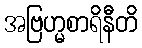
အဗြဟ္မစာရိနီတိ